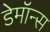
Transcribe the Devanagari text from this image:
डेमॉन्स